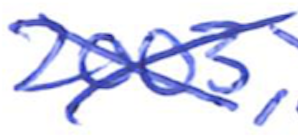
Text: 2003,
Cross-out: cross
Writing tool: ballpoint